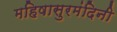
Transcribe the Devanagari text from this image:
महिषासुरमंदिनी